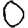
Digit: 0